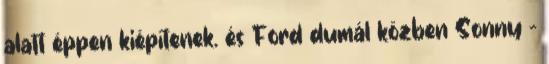
alatt éppen kiépítenek. és Ford dumál közben Sonny –